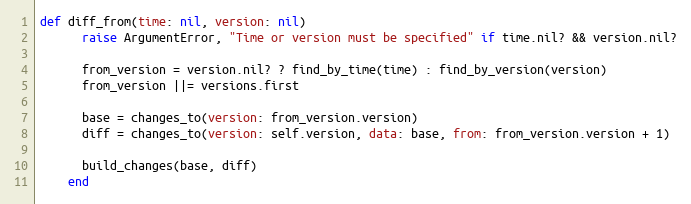
Language: Ruby
def diff_from(time: nil, version: nil)
      raise ArgumentError, "Time or version must be specified" if time.nil? && version.nil?

      from_version = version.nil? ? find_by_time(time) : find_by_version(version)
      from_version ||= versions.first

      base = changes_to(version: from_version.version)
      diff = changes_to(version: self.version, data: base, from: from_version.version + 1)

      build_changes(base, diff)
    end